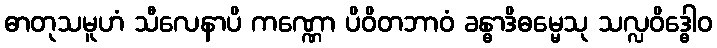
ဓာတုသမူဟံ သီလေနာပိ ကဏ္ဏော ပိဝိတဘာဝံ ခန္ဓာဒိဓမ္မေသု သလ္လဝိဒ္ဓေါဝ